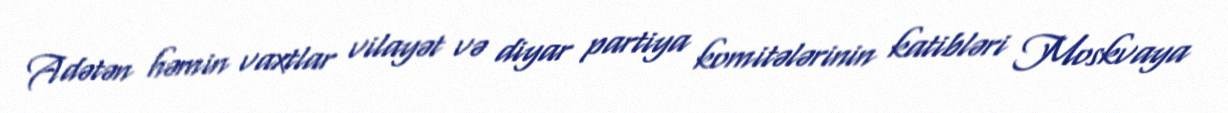
Adətən həmin vaxtlar vilayət və diyar partiya komitələrinin katibləri Moskvaya